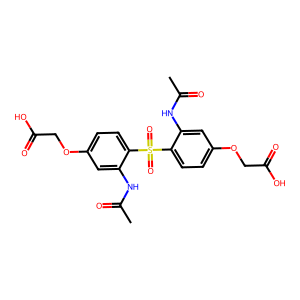
SMILES: CC(=O)Nc1cc(OCC(=O)O)ccc1S(=O)(=O)c1ccc(OCC(=O)O)cc1NC(C)=O
Inhibits HIV replication: No